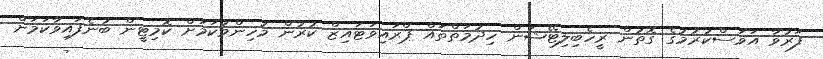
ފަރުވާ އަވަސްކުރުމުގެ ގޮތުން ރީހެބިލިޓޭޝަން ހިދުމަތްތައް ޕްރައިވަޓައިޒް ކުރުން މުހިންމުކަމަށް ކޮމިޓީން ބުނެފައިވާކަމަށް